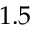
1 . 5